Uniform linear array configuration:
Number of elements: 4
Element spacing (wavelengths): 0.5
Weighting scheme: kaiser
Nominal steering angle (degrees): -60
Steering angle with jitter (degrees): -61.102
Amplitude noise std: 0.05
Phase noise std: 0.05

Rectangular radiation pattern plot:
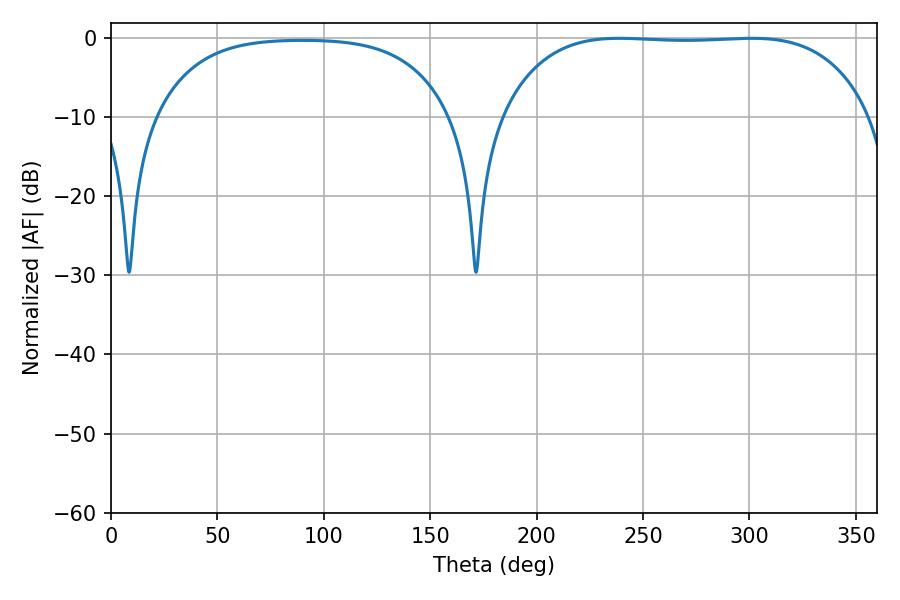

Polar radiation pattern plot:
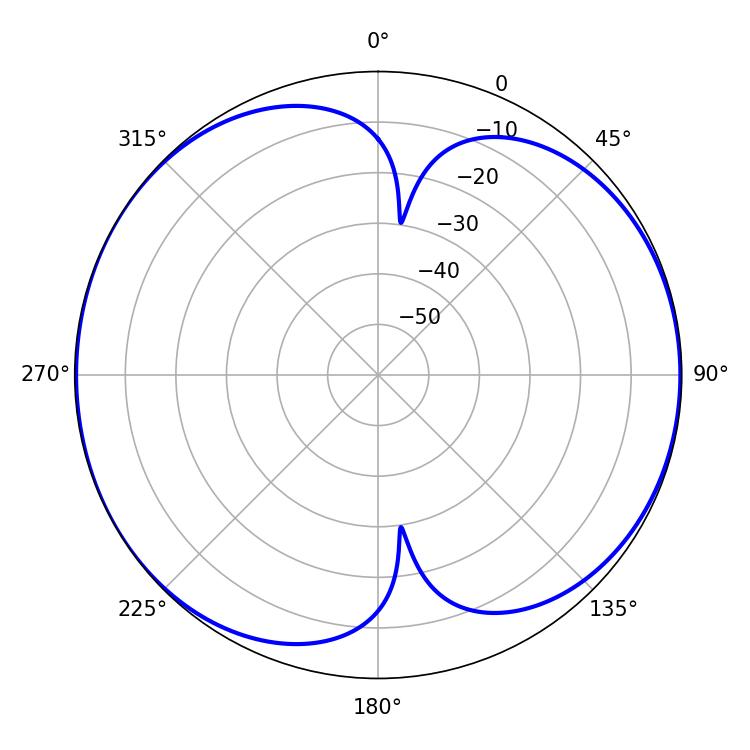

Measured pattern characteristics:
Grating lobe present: FALSE
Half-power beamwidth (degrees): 135.36
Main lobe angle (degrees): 238.86